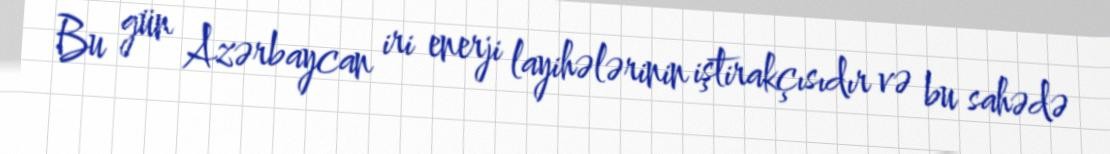
Bu gün Azərbaycan iri enerji layihələrinin iştirakçısıdır və bu sahədə